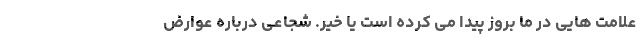
علامت هایی در ما بروز پیدا می کرده است یا خیر. شجاعی درباره عوارض